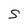
Character: 5